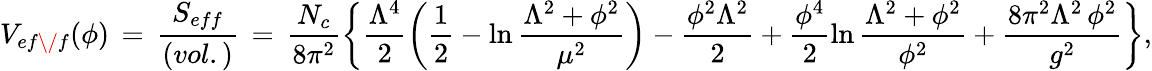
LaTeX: V_{ef\/ f}(\phi)\, =\, \frac{S_{eff}}{(vol.)}\, =\, \frac{N_{c}}{8\pi^{2}}\left\{ \frac{\Lambda^{4}}{2}\left({\frac{1}{2}}-\ln\frac{\Lambda^{2}+\phi^{2}}{\mu^{2}}\right)-\frac{\phi^{2}\Lambda^{2}}{2}+\frac{\phi^{4}}{2}\ln\frac{\Lambda^{2}+\phi^{2}}{\phi^{2}}+\frac{8\pi^{2}\Lambda^{2}\, \phi^{2}}{g^{2}}\right\} ,